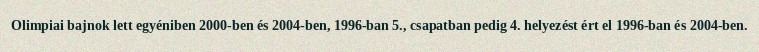
Olimpiai bajnok lett egyéniben 2000-ben és 2004-ben, 1996-ban 5., csapatban pedig 4. helyezést ért el 1996-ban és 2004-ben.